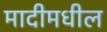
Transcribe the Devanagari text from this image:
मादीमधील